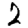
Digit: 2